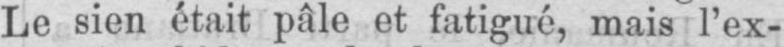
Le sien était pale et fatigué, mais l’ex-